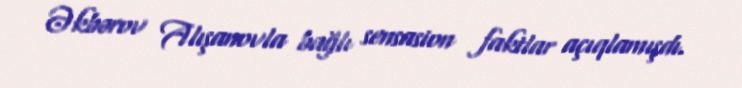
Əkbərov Alışanovla bağlı sensasion faktlar açıqlamışdı.